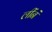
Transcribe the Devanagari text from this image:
लींनं